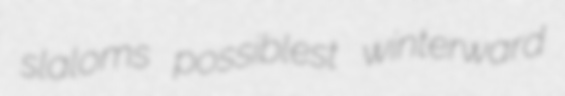
slaloms possiblest winterward